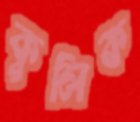
কুলিক